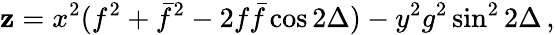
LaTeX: \mathbf{z}=x^{2}(f^{2}+\bar{{f}}^{2}-2f\bar{{f}}\cos2\Delta)-y^{2}g^{2}\sin^{2}2\Delta\, ,